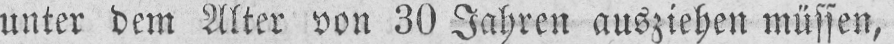
unter dem Alter von 30 Jahren ausziehen müssen,